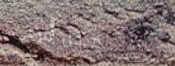
مدخل فرعي